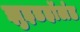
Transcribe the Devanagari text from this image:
झुइडहॉलंड